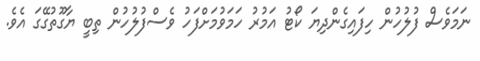
ނަމަވެސް ފުލުހުން ހިފައިގެންދިޔަ ކޯޓު އަމުރު ހަމަވުމަށްފަހު ވެސްފުލުހުން ތިބީ ޔާގޫތުގޭގަ އެވެ.